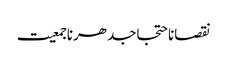
نقصاناحتجاجدھرناجمعیت